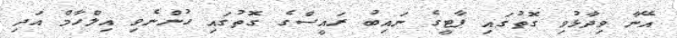
އޭނާ ވިދާޅުވި ގޮތުގައި ޕާޓީގެ ނައިބު ރައީސްގެ ގޮތުގައި ހުންނެވި އިލްހާމް އަދި